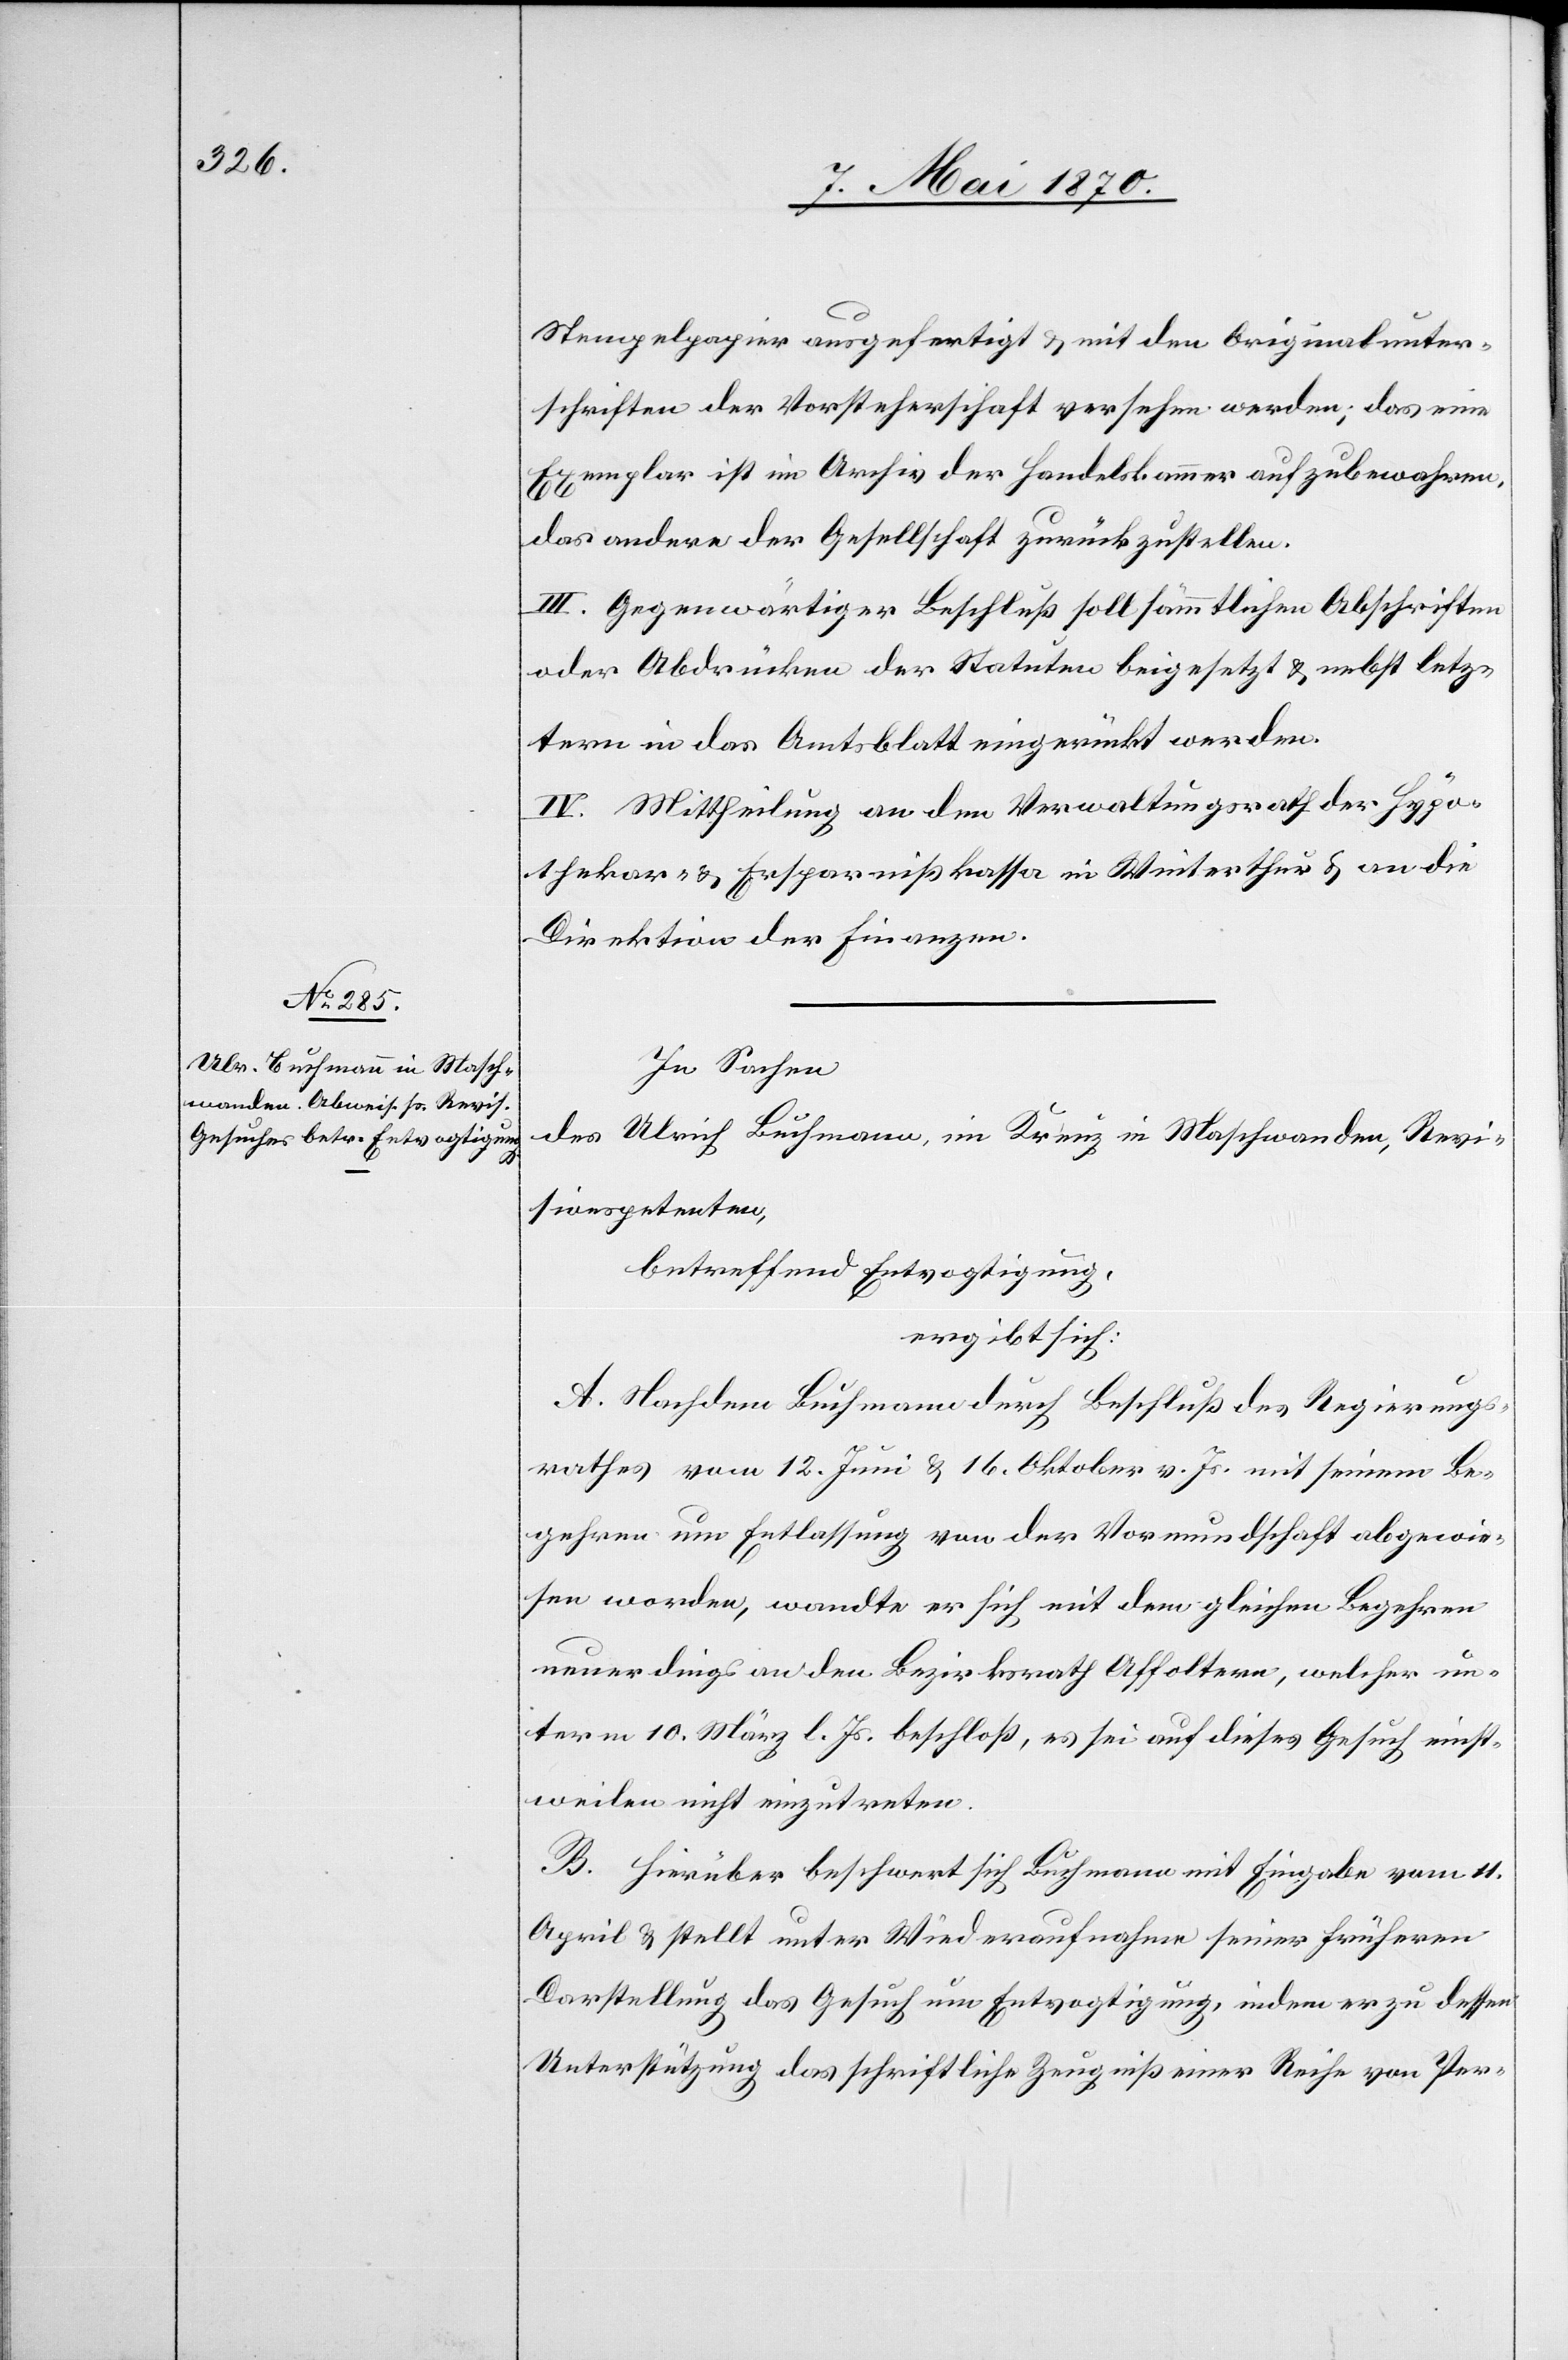
Stempelpapier ausgefertigt & mit den Originalunter¬
schriften der Vorsteherschaft versehen werden; das eine
Exemplar ist im Archiv der Handelskammer aufzubewahren,
das andere der Gesellschaft zurückzustellen.
III. Gegenwärtiger Beschluß soll sämmtlichen Abschriften
oder Abdrücken der Statuten beigesetzt & nebst letz¬
tern in das Amtsblatt eingerückt werden.
IV. Mittheilung an den Verwaltungsrath der Hypo¬
thekar- & Ersparnißkassa in Winterthur & an die
Direktion der Finanzen.
In Sachen
des Ulrich Buchmann, im Kreuz in Maschwanden, Revi¬
sionspetenten,
betreffend Entvogtigung,
ergibt sich:
A. Nachdem Buchmann durch Beschluß des Regierungs¬
rathes vom 12. Juni & 16. Oktober vor. Js. mit seinem Be¬
gehren um Entlassung von der Vormundschaft abgewie¬
sen worden, wandte er sich mit dem gleichen Begehren
neuerdings an den Bezirksrath Affoltern, welcher un¬
term 10. März l. Js. beschloß, es sei auf dieses Gesuch einst¬
weilen nicht einzutreten.
B. Hierüber beschwert sich Buchmann mit Eingabe vom 11.
April & stellt unter Wiederaufnahme seiner frühern
Darstellung das Gesuch um Entvogtigung, indem er zu dessen
Unterstützung das schriftliche Zeugniß einer Reihe von Per-